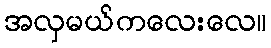
အလှမယ်ကလေးလေ။